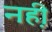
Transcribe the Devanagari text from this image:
नह़ी